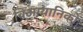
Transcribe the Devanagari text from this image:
विअग्यानिकों